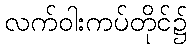
လက်ဝါးကပ်တိုင်၌